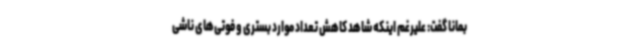
بمانا گفت: علیرغم اینکه شاهد کاهش تعداد موارد بستری و فوتی‌های ناشی